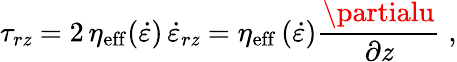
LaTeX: \tau_{r\mathit{z}}=2\, \eta_{\mathrm{{eff}}}(\dot{{\varepsilon}})\, \dot{{\varepsilon}}_{r\mathit{z}}=\eta_{\mathrm{{eff}}}\, (\dot{{\varepsilon}})\frac{{\partialu}}{{\partial\mathit{z}}}\; ,